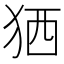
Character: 𤞏